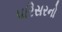
પરિસરનો